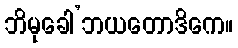
ဘိမုခေါ’ဘယတောဒိကေ။